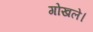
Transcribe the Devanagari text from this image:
गोखले।